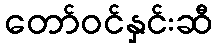
တော်ဝင်နှင်းဆီ